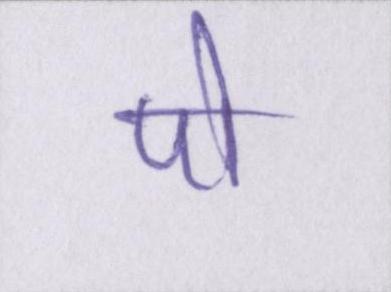
पो